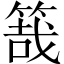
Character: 𥯒